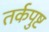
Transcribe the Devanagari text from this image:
तर्कपुष्ट